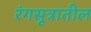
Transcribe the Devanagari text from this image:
रंगसूत्रातील